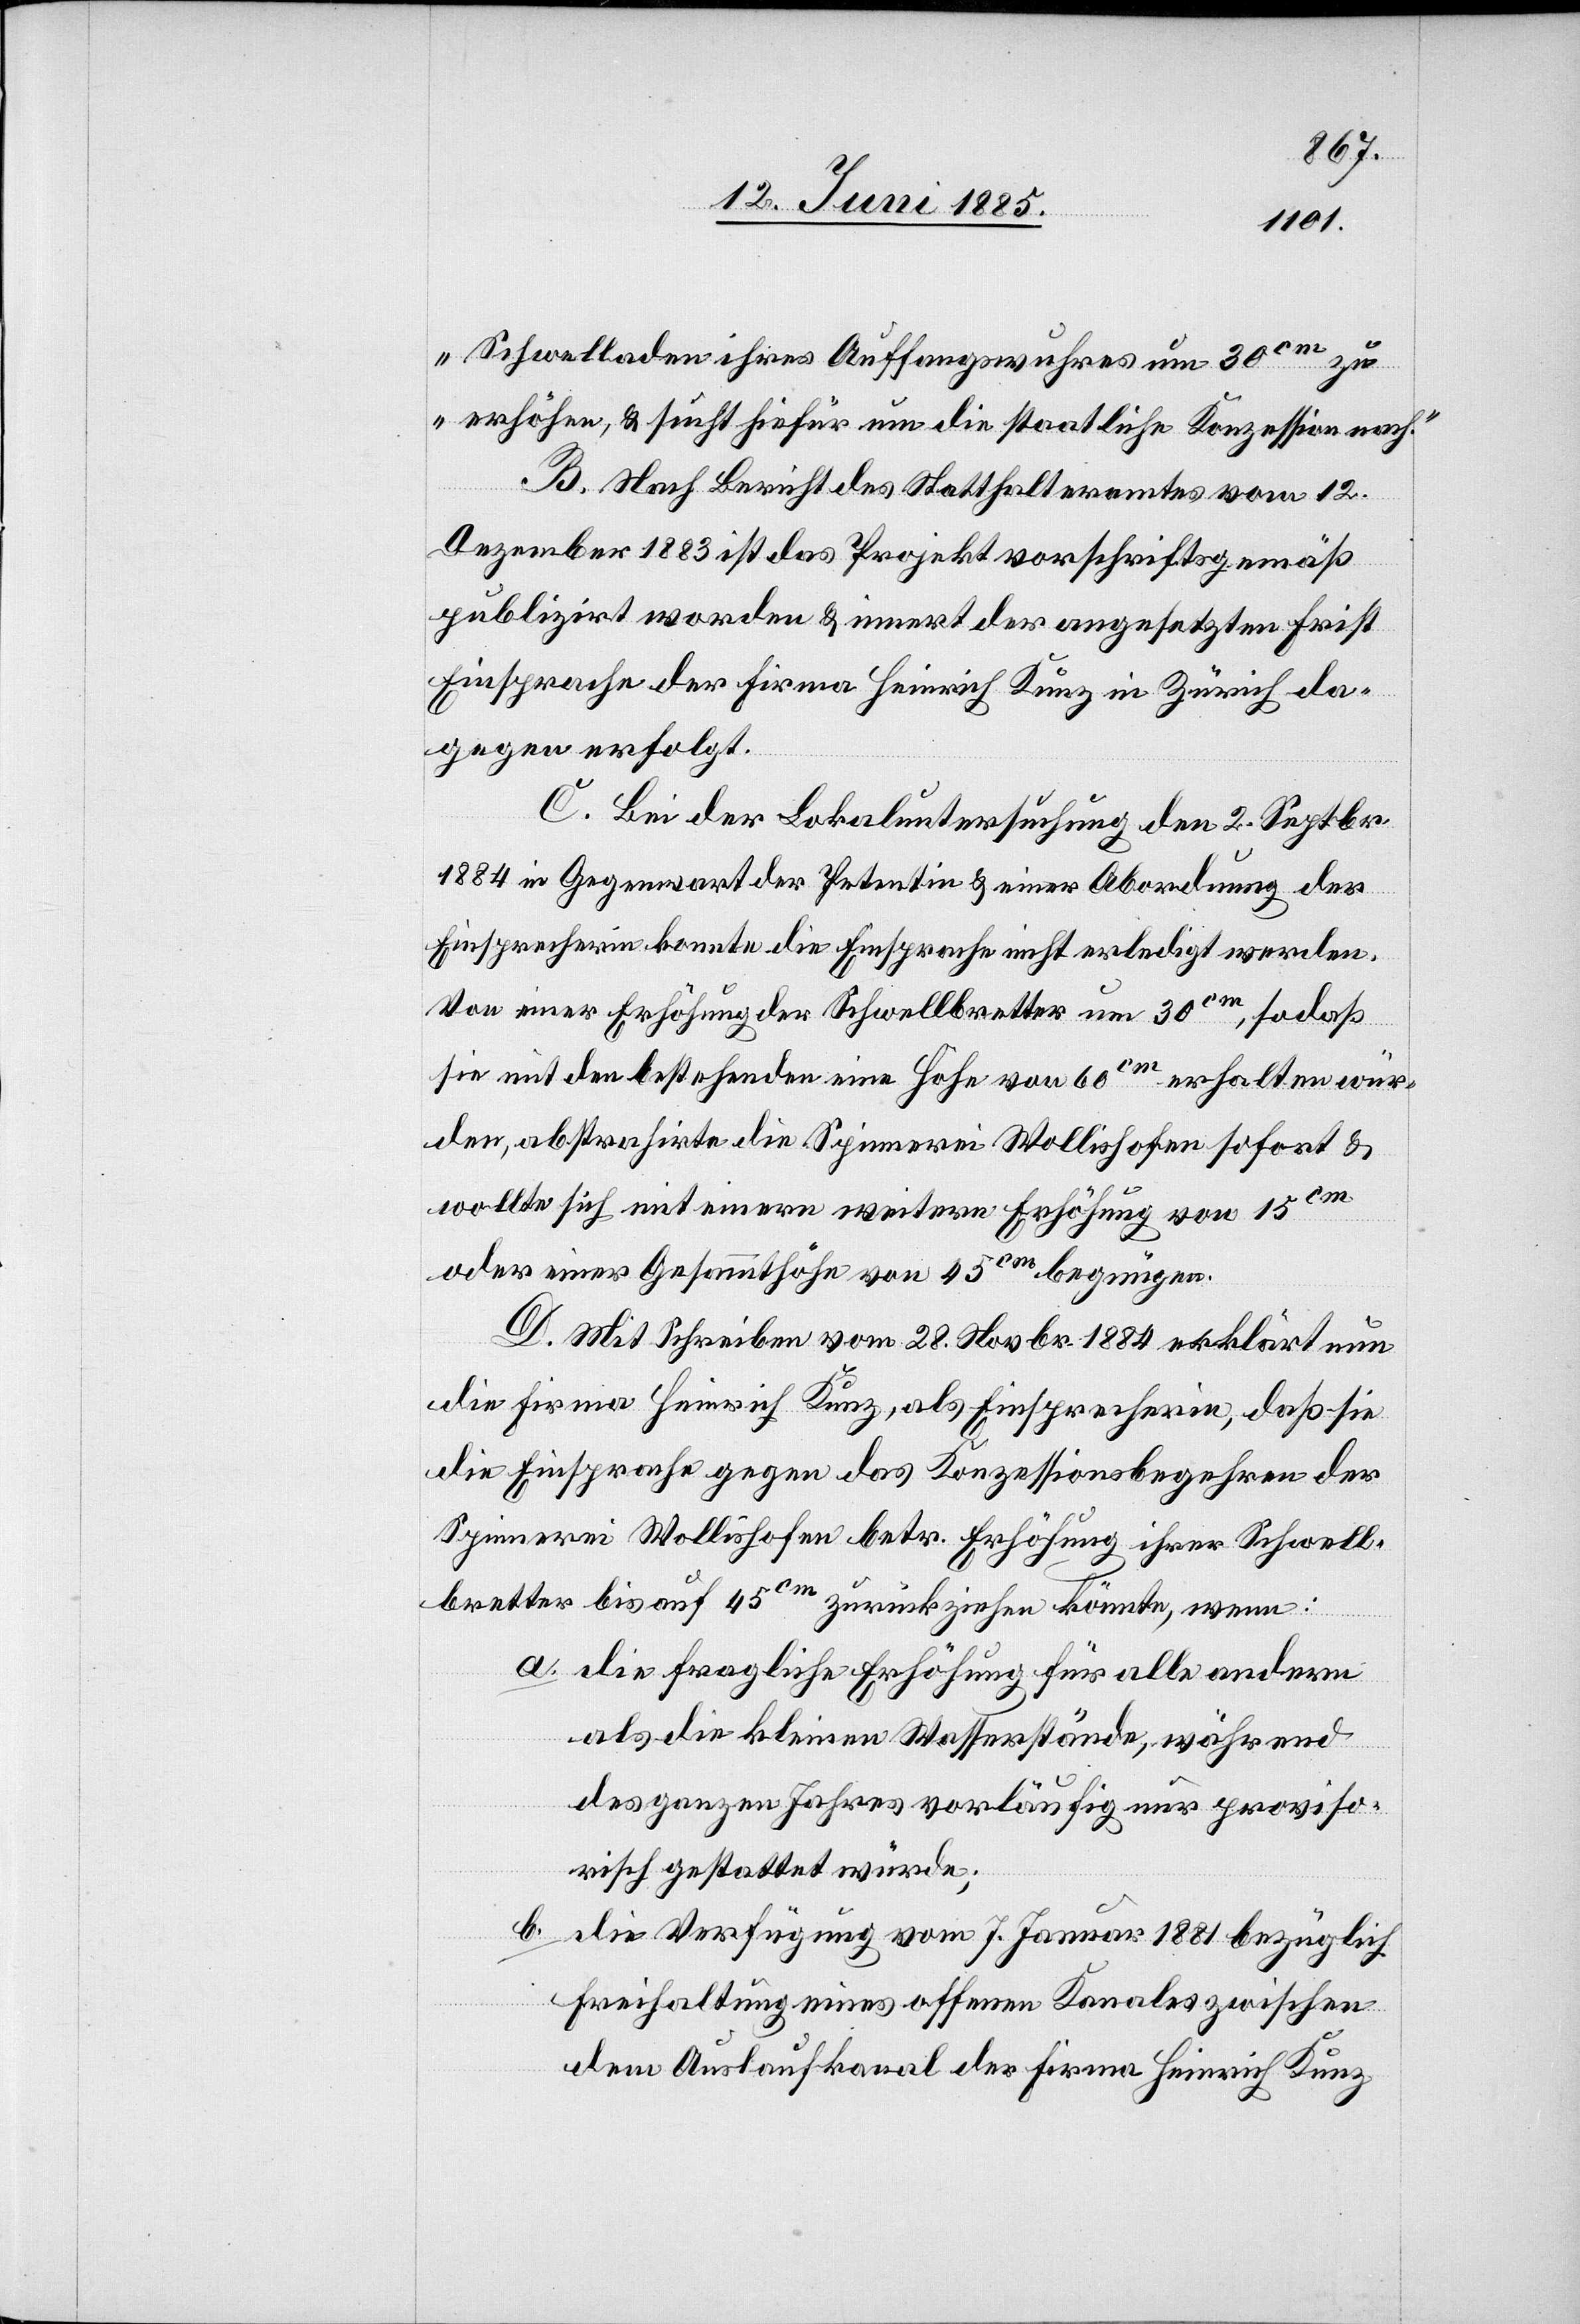
Schwelladen ihres Auffangswuhres um 30 cm
zu erhöhen, & sucht um die staatliche Konzession nach.“
B. Nach Bericht des Statthalteramtes vom 12.
Dezember 1883 ist das Projekt vorschriftsgemäß
publizirt worden & innert der angesetzten Frist
Einsprache der Firma Heinrich Kunz in Zürich da¬
gegen erfolgt.
C. Bei der Lokaluntersuchung den 2. Septbr.
1884 in Gegenwart der Petentin & einer Abordnung der
Einsprecherin konnte die Einsprache nicht erledigt werden.
Von einer Erhöhung der Schwellbretter um 30 cm, sodaß
sie mit den bestehenden eine Höhe von 60 cm erhalten wür¬
den, abstrahirte die Spinnerei Wollishofen sofort &
wollte sich mit einern [sic!] weitern Erhöhung von 15 cm
oder einer Gesammthöhe von 45 cm begnügen.
D. Mit Schreiben vom 28. November 1884 erklärt nun
die Firma Heinrich Kunz, als Einsprecherin, daß sie
die Einsprache gegen das Konzessionsbegehren der
Spinnerei Wollishofen betr. Erhöhung ihrer Schwell¬
bretter bis auf 45 cm zurückziehen könnte, wenn:
a. die fragliche Erhöhung für alle andern
als die kleinen Wasserstände, während
des ganzen Jahres vorläufig nur proviso¬
risch gestattet würde;
b.
die Verfügung vom 7. Januar 1881 bezüglich
Freihaltung eines offenen Kanales zwischen
dem Auslaufkanal der Firma Heinrich Kunz